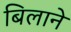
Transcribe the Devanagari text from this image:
बिलाने